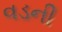
વડની